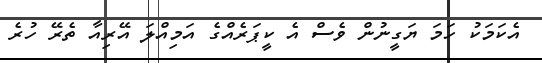
އެކަމަކު ހަމަ ޔަގީނުން ވެސް އެ ކީޕަރެއްގެ އަމިއްލަ އޭރިއާ ތެރޭ ހުރެ